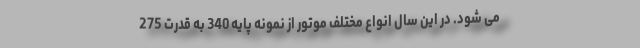
می شود. در این سال انواع مختلف موتور از نمونه پایه 340 به قدرت 275